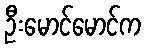
ဦးမောင်မောင်က